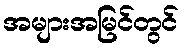
အများအမြင်တွင်